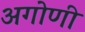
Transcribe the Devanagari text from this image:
अगोणी